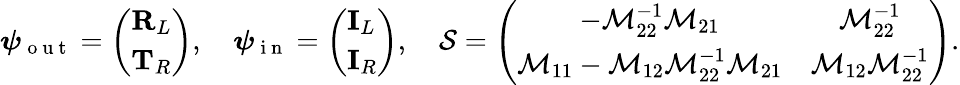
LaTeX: \boldsymbol{\psi}_{\mathrm{~o~u~t~}}=\left(\begin{array}{l}{\mathbf{R}_{L}}\\ {\mathbf{T}_{R}}\end{array}\right),\quad\boldsymbol{\psi}_{\mathrm{~i~n~}}=\left(\begin{array}{l}{\mathbf{I}_{L}}\\ {\mathbf{I}_{R}}\end{array}\right),\quad\mathcal{S}=\left(\begin{array}{cc}{-\mathcal{M}_{22}^{-1}\mathcal{M}_{21}}&{\mathcal{M}_{22}^{-1}}\\ {\mathcal{M}_{11}-\mathcal{M}_{12}\mathcal{M}_{22}^{-1}\mathcal{M}_{21}}&{\mathcal{M}_{12}\mathcal{M}_{22}^{-1}}\end{array}\right).